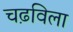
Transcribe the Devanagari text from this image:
चढ़विला